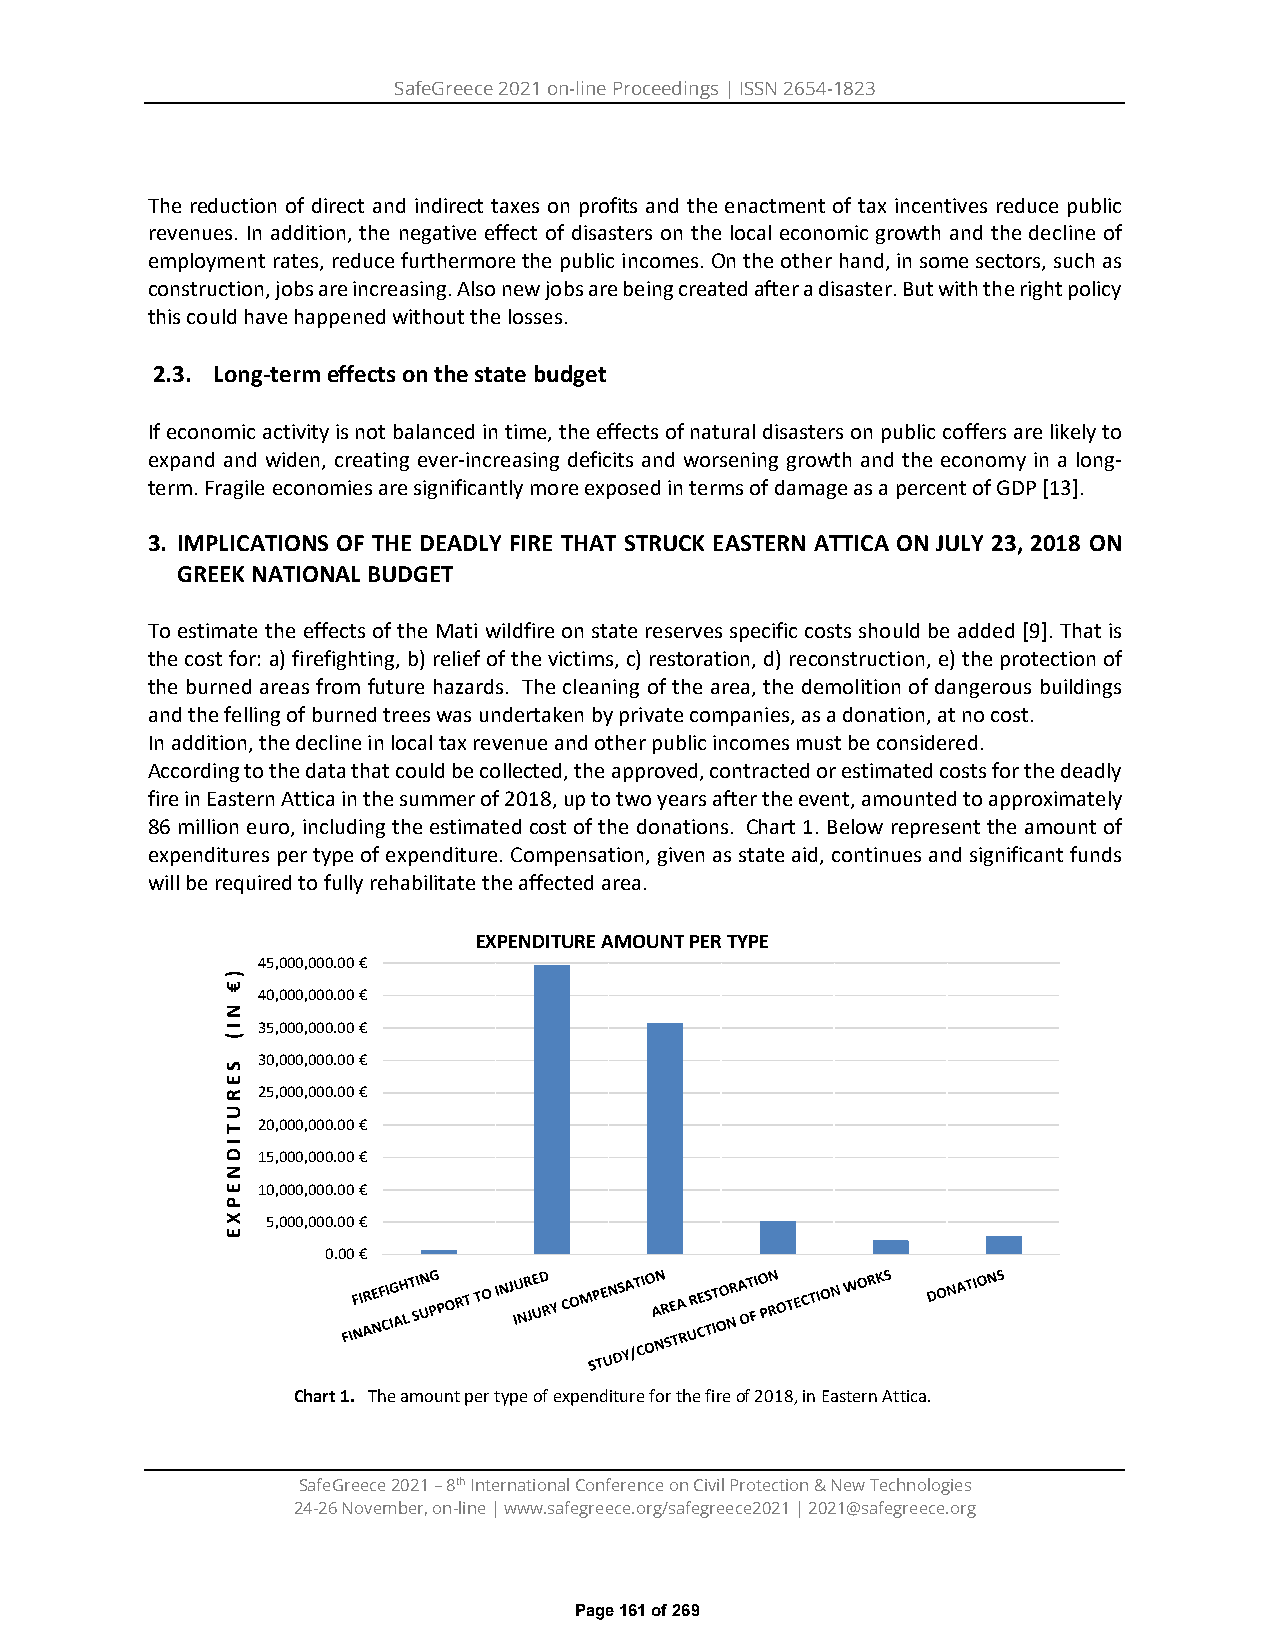
SafeGreece 2021 on-line Proceedings | ISSN 2654-1823
 The reduction of direct and indirect taxes on profits and the enactment of tax incentives reduce public
 revenues. In addition, the negative effect of disasters on the local economic growth and the decline of
 employment rates, reduce furthermore the public incomes. On the other hand, in some sectors, such as
 construction, jobs are increasing. Also new jobs are being created after a disaster. But with the right policy
 this could have happened without the losses.
 2.3. Long-term effects on the state budget
 If economic activity is not balanced in time, the effects of natural disasters on public coffers are likely to
 expand and widen, creating ever-increasing deficits and worsening growth and the economy in a long-
 term. Fragile economies are significantly more exposed in terms of damage as a percent of GDP [13].
 3. IMPLICATIONS OF THE DEADLY FIRE THAT STRUCK EASTERN ATTICA ON JULY 23, 2018 ON
 GREEK NATIONAL BUDGET
 To estimate the effects of the Mati wildfire on state reserves specific costs should be added [9]. That is
 the cost for: a) firefighting, b) relief of the victims, c) restoration, d) reconstruction, e) the protection of
 the burned areas from future hazards. Τhe cleaning of the area, the demolition of dangerous buildings
 and the felling of burned trees was undertaken by private companies, as a donation, at no cost.
 In addition, the decline in local tax revenue and other public incomes must be considered.
 According to the data that could be collected, the approved, contracted or estimated costs for the deadly
 fire in Eastern Attica in the summer of 2018, up to two years after the event, amounted to approximately
 86 million euro, including the estimated cost of the donations. Chart 1. Below represent the amount of
 expenditures per type of expenditure. Compensation, given as state aid, continues and significant funds
 will be required to fully rehabilitate the affected area.
 EXPENDITURE AMOUNT PER TYPE
 45,000,000.00 €
 40,000,000.00 €
 35,000,000.00 €
 30,000,000.00 €
 25,000,000.00 €
 20,000,000.00 €
 15,000,000.00 €
 10,000,000.00 €
 5,000,000.00 €
 0.00 €
 Chart 1. The amount per type of expenditure for the fire of 2018, in Eastern Attica.
 SafeGreece 2021 – 8th International Conference on Civil Protection & New Technologies
 24-26 November, on-line | www.safegreece.org/safegreece2021 | 2021@safegreece.org
 Page 161 of 269
 )€
 NI(
 SERUTIDNEPXE